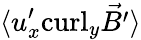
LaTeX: \langle{u}_{x}^{\prime}\mathrm{curl}_{y}\vec{B^{\prime}}\rangle